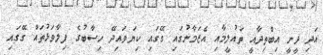
އަދި ދީނީ އިބްތިދާއީ ތައުލީމާއި އެޒަމާނުގައި ގޭގައި ކިޔަވައިދޭ ހިސާބުގެ ފިލާވަޅުތައް ގޭގައި